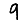
Digit: 9